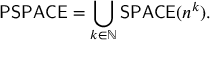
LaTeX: { \mathsf { P S P A C E } } = \bigcup _ { k \in \mathbb { N } } { \mathsf { S P A C E } } ( n ^ { k } ) .